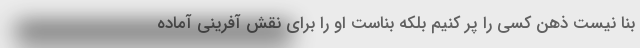
بنا نیست ذهن کسی را پر کنیم بلکه بناست او را برای نقش آفرینی آماده